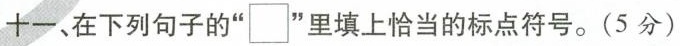
十一、在下列句子的”\square”里填上恰当的标点符号。(5分)